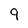
Character: 9